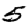
Digit: 5